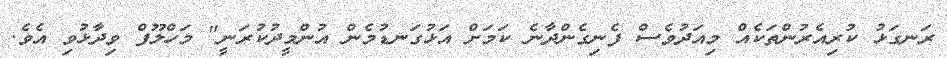
ރަނގަޅު ކުރިއެރުންތަކެއް މިއަދުވެސް ފެނިގެންދާނެ ކަމަށް އަޅުގަނޑުމެން އުންމީދުކުރަނީ" މަހްލޫފް ވިދާޅުވި އެވެ.